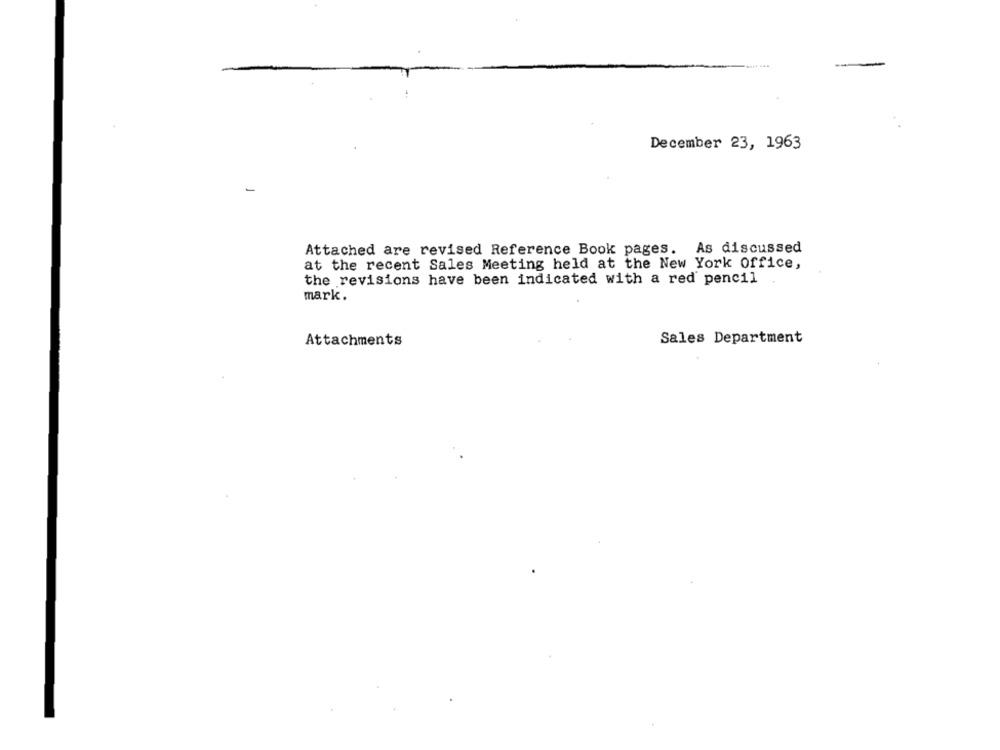
December 23, 1963
Attached are revised Reference Book pages. As discussed
at the recent Sales Meeting held at the New York office,
the revisions have been indicated with a red pencil
mark.
Attachments
Sales Department